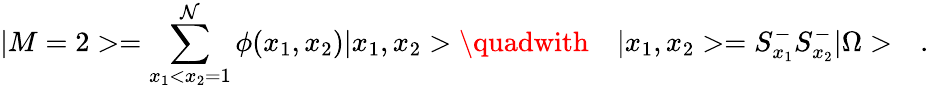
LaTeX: |M=2>=\sum_{x_{1}<x_{2}=1}^{\mathcal{N}}\phi(x_{1},x_{2})|x_{1},x_{2}>\quadwith\quad|x_{1},x_{2}>=S_{x_{1}}^{-}S_{x_{2}}^{-}|\Omega>\quad.